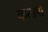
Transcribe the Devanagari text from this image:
कटापा